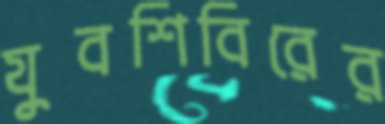
যুবশিবিরের